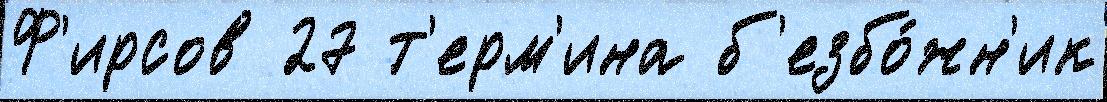
Ф'ирсов 27 т'ерм'ина б'езбо́жн'ик